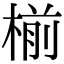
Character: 椾